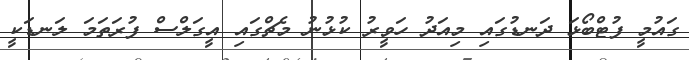
ގައުމީ ފުޓްބޯޅަ ދަނޑުގައި މިއަދު ހަވީރު ކުޅުނު މެޗްގައި އީގަލްސް ފުރަތަމަ ލަނޑަކީ